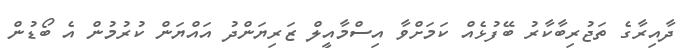
ދާއިރާގެ ތަޖުރިބާކާރު ބޭފުޅެއް ކަމަށްވާ އިސްމާއީލް ޒަރިޔަންދު އައްޔަން ކުރުމުން އެ ބޯޑުން